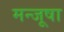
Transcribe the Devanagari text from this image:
मन्जूषा